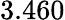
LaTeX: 3.460